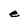
Character: e